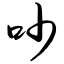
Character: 吵